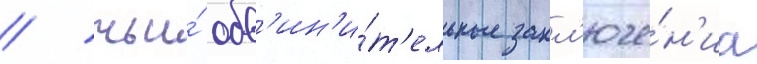
/ чьи́ обв'ин'и́т'ельные закл'юче́н'иа